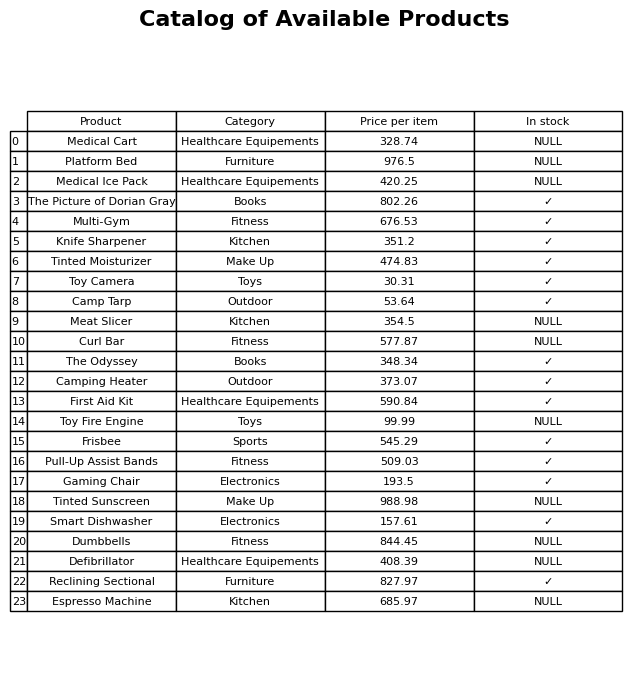
question: What is the stock status of the Dumbbells?
answer: NULL